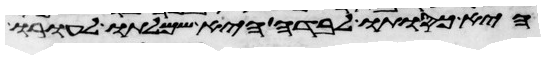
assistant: היא כסותו לבדה היא שמלתו לעורו